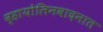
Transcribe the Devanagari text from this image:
व्हायोलिनवादनात